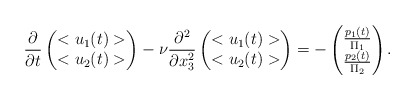
\begin{align*}\frac{\partial}{\partial t}\begin{pmatrix}<u_1(t)>\\<u_2(t)>\end{pmatrix}-\nu \frac{\partial^2}{\partial x_3^2} \begin{pmatrix}<u_1(t)>\\<u_2(t)>\end{pmatrix}=-\begin{pmatrix}\frac{p_1(t)}{\Pi_1}\\\frac{p_2(t)}{\Pi_2}\end{pmatrix}.\end{align*}